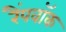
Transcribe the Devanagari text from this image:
रैंपवॉक